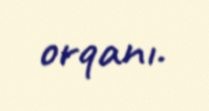
orqanı.